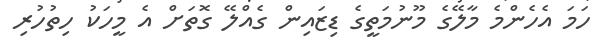
ހަމަ އެހެންމެ މާލޭގެ މޫނުމަތީގެ ޑިޒައިން ގެއްލޭ ގޮތަށް އެ މީހަކު ހިތުހުރި